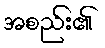
အစည်း၏